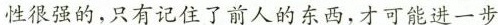
性很强的，只有记住了前人的东西，才可能进一步